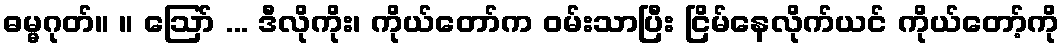
ဓမ္မဂုတ်။ ။ ဩော် ... ဒီလိုကိုး၊ ကိုယ်တော်က ဝမ်းသာပြီး ငြိမ်နေလိုက်ယင် ကိုယ်တော့်ကို